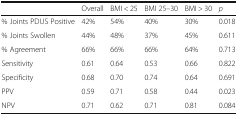
<table><thead><tr><td></td><td><b>Overall</b></td><td><b>BMI &lt; 25</b></td><td><b>BMI 25–30</b></td><td><b>BMI &gt; 30</b></td><td><b><i>p</i></b></td></tr></thead><tbody><tr><td>% Joints PDUS Positive</td><td>42%</td><td>54%</td><td>40%</td><td>30%</td><td>0.018</td></tr><tr><td>% Joints Swollen</td><td>44%</td><td>48%</td><td>37%</td><td>45%</td><td>0.611</td></tr><tr><td>% Agreement</td><td>66%</td><td>66%</td><td>66%</td><td>64%</td><td>0.713</td></tr><tr><td>Sensitivity</td><td>0.61</td><td>0.64</td><td>0.53</td><td>0.66</td><td>0.822</td></tr><tr><td>Specificity</td><td>0.68</td><td>0.70</td><td>0.74</td><td>0.64</td><td>0.691</td></tr><tr><td>PPV</td><td>0.59</td><td>0.71</td><td>0.58</td><td>0.44</td><td>0.023</td></tr><tr><td>NPV</td><td>0.71</td><td>0.62</td><td>0.71</td><td>0.81</td><td>0.084</td></tr></tbody></table>